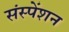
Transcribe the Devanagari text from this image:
संस्पेंशन